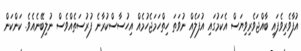
އުފާވެރިވެފައި ބާއްޖަވެރިވިޔަސް އެކަމުގައި އުފަލެއް ނުވަތަ ހިތްހަމަޖެހުމެއް އިހުސާސްކުރާނެ ފުރުސަތެއްވެސް ނުލިބޭނެއެވެ. ކަންކަން